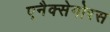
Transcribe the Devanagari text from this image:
एनैक्सेगोरस